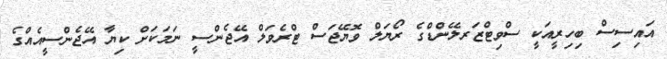
އައިސިސް ބިހިރީއަކީ ސްވިޓްޒަރލޭންޑްގެ ރޯޔަލް ވޮޔޭޖަސް ޓްރެވަލް އޭޖެންސީ ނަމަކަށް ކިޔާ އޭޖެންސީއެއްގެ